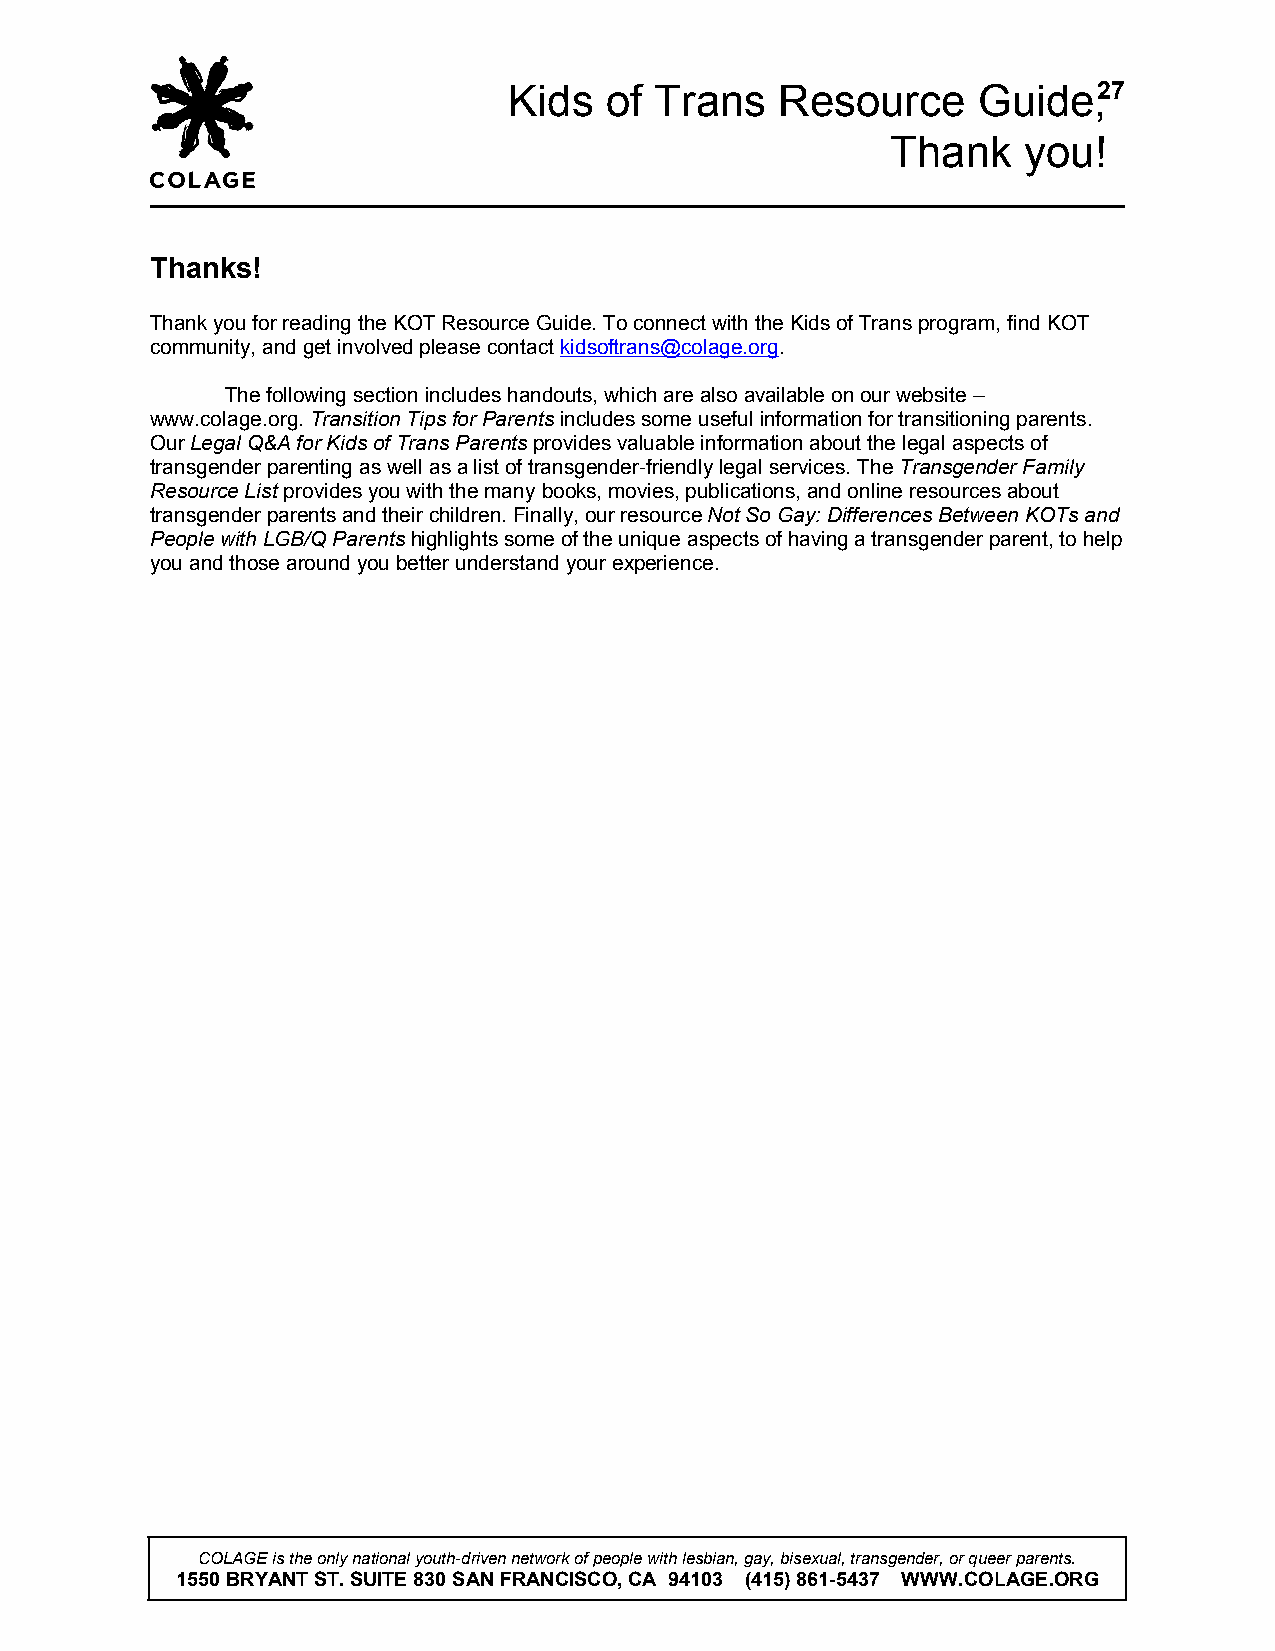
Kids  of Trans    Resource     Guide,27
 Thank    you!
 Thanks!
 Thank you for reading the KOT Resource Guide. To connect with the Kids of Trans program, find KOT
 community, and get involved please contact kidsoftrans@colage.org.
 The following section includes handouts, which are also available on our website –
 www.colage.org. Transition Tips for Parents includes some useful information for transitioning parents.
 Our Legal Q&A for Kids of Trans Parents provides valuable information about the legal aspects of
 transgender parenting as well as a list of transgender-friendly legal services. The Transgender Family
 Resource List provides you with the many books, movies, publications, and online resources about
 transgender parents and their children. Finally, our resource Not So Gay: Differences Between KOTs and
 People with LGB/Q Parents highlights some of the unique aspects of having a transgender parent, to help
 you and those around you better understand your experience.
 COLAGE is the only national youth-driven network of people with lesbian, gay, bisexual, transgender, or queer parents.
 1550 BRYANT ST. SUITE 830 SAN FRANCISCO, CA 94103 (415) 861-5437 WWW.COLAGE.ORG